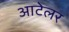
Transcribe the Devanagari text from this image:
आटेलर